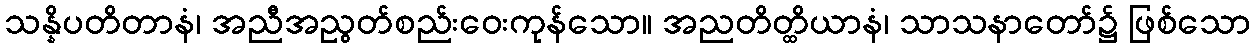
သန္နိပတိတာနံ၊ အညီအညွတ်စည်းဝေးကုန်သော။ အညတိတ္ထိယာနံ၊ သာသနာတော်၌ ဖြစ်သော